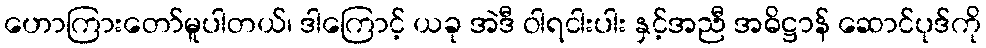
ဟောကြားတော်မူပါတယ်၊ ဒါကြောင့် ယခု အဲဒီ ဝါရငါးပါး နှင့်အညီ အဓိဋ္ဌာန် ဆောင်ပုဒ်ကို